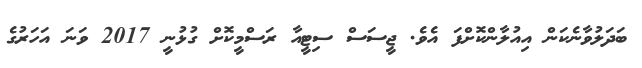
ބަދަލުވާނެކަން އިއުލާންކޮށްފަ އެވެ. ޖީސަސް ސިޓީއާ ރަސްމީކޮށް ގުޅުނީ 2017 ވަނަ އަހަރުގެ